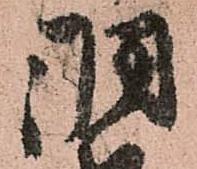
羽